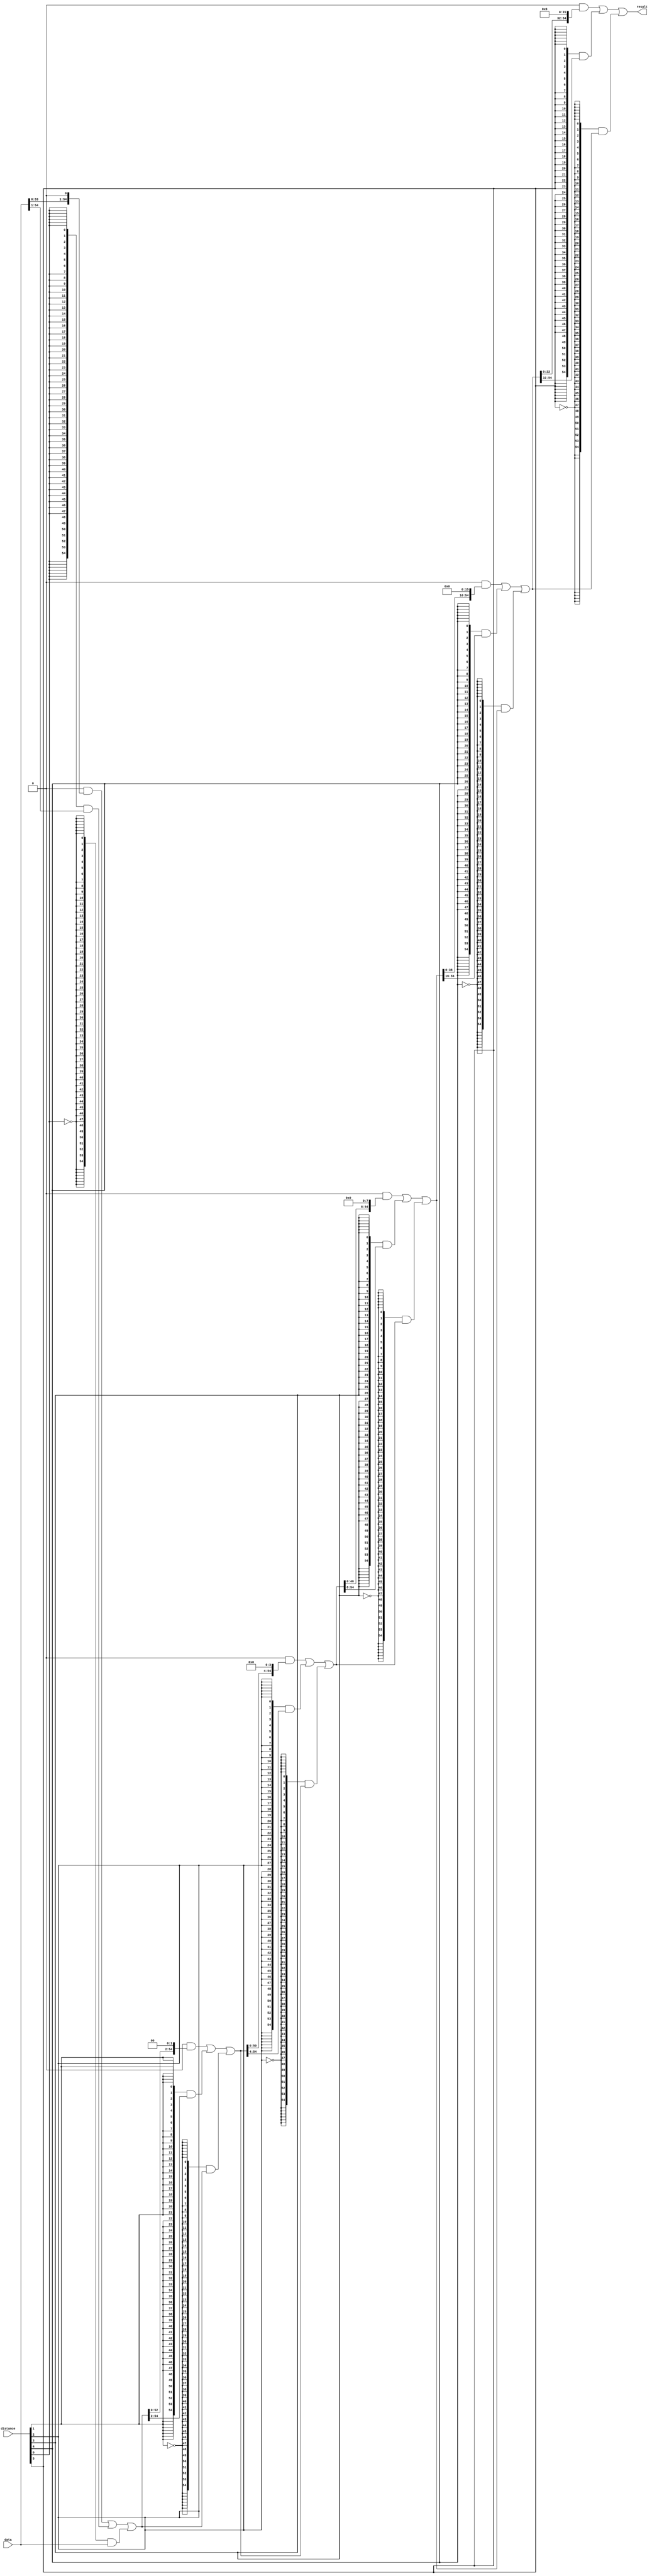
module  fp_sub_altbarrel_shift_9hb
	( 
	data,
	distance,
	result) ;
	input   [54:0]  data;
	input   [5:0]  distance;
	output   [54:0]  result;
	wire  direction_w;
	wire  [31:0]  pad_w;
	wire  [384:0]  sbit_w;
	assign
		direction_w = 1'b1,
		pad_w = {32{1'b0}},
		result = sbit_w[384:330],
		sbit_w = {((({55{(distance[5] & (~ direction_w))}} & {sbit_w[297:275], pad_w[31:0]}) | ({55{(distance[5] & direction_w)}} & {pad_w[31:0], sbit_w[329:307]})) | ({55{(~ distance[5])}} & sbit_w[329:275])), ((({55{(distance[4] & (~ direction_w))}} & {sbit_w[258:220], pad_w[15:0]}) | ({55{(distance[4] & direction_w)}} & {pad_w[15:0], sbit_w[274:236]})) | ({55{(~ distance[4])}} & sbit_w[274:220])), ((({55{(distance[3] & (~ direction_w))}} & {sbit_w[211:165], pad_w[7:0]}) | ({55{(distance[3] & direction_w)}} & {pad_w[7:0], sbit_w[219:173]})) | ({55{(~ distance[3])}} & sbit_w[219:165])), ((({55{(distance[2] & (~ direction_w))}} & {sbit_w[160:110], pad_w[3:0]}) | ({55{(distance[2] & direction_w)}} & {pad_w[3:0], sbit_w[164:114]})) | ({55{(~ distance[2])}} & sbit_w[164:110])), ((({55{(distance[1] & (~ direction_w))}} & {sbit_w[107:55], pad_w[1:0]}) | ({55{(distance[1] & direction_w)}} & {pad_w[1:0], sbit_w[109:57]})) | ({55{(~ distance[1])}} & sbit_w[109:55])), ((({55{(distance[0] & (~ direction_w))}} & {sbit_w[53:0], pad_w[0]}) | ({55{(distance[0] & direction_w)}} & {pad_w[0], sbit_w[54:1]})) | ({55{(~ distance[0])}} & sbit_w[54:0])), data};
endmodule